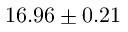
1 6 . 9 6 \pm 0 . 2 1